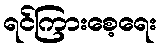
ရင်ကြားစေ့ရေး